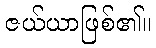
ဇယ်ယာဖြစ်၏။